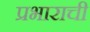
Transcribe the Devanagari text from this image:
प्रभाराची